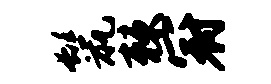
鬣棘冠